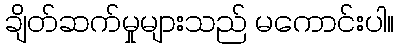
ချိတ်ဆက်မှုများသည် မကောင်းပါ။